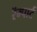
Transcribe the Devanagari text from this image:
रॅम्पार्ट